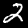
Digit: 2